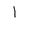
Letter: _alif